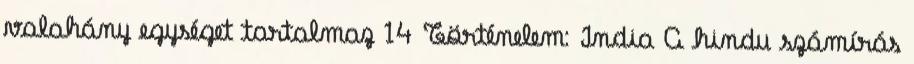
valahány egységet tartalmaz 14 Történelem: India A hindu számírás